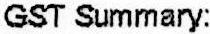
GST SUMMARY: